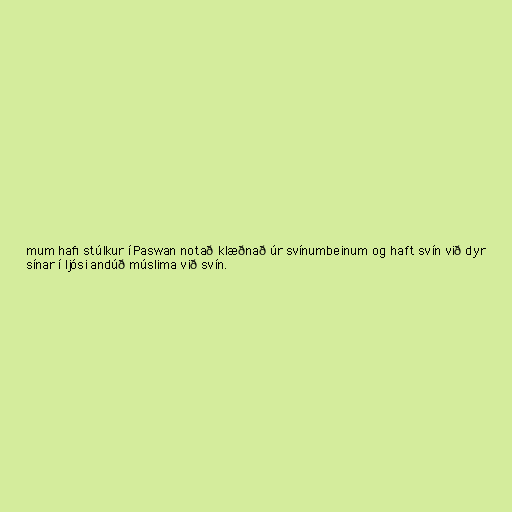
mum hafi stúlkur í Paswan notað klæðnað úr svínumbeinum og haft svín við dyr
sínar í ljósi andúð múslima við svín.